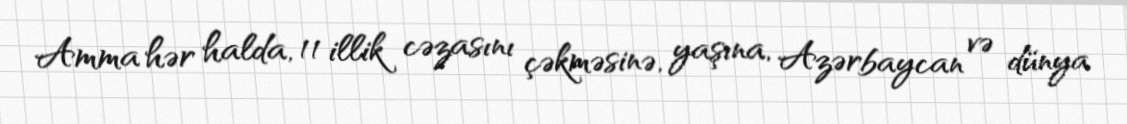
Amma hər halda, 11 illik cəzasını çəkməsinə, yaşına, Azərbaycan və dünya